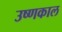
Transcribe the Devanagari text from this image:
उष्णकाल